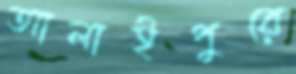
আলাইপুরে